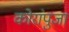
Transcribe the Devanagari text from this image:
कोरांपुजा